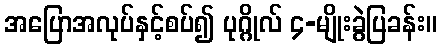
အပြောအလုပ်နှင့်စပ်၍ ပုဂ္ဂိုလ် ၄-မျိုးခွဲပြခန်း။